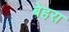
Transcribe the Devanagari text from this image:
बेहरा